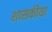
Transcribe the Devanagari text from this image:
शासकीया